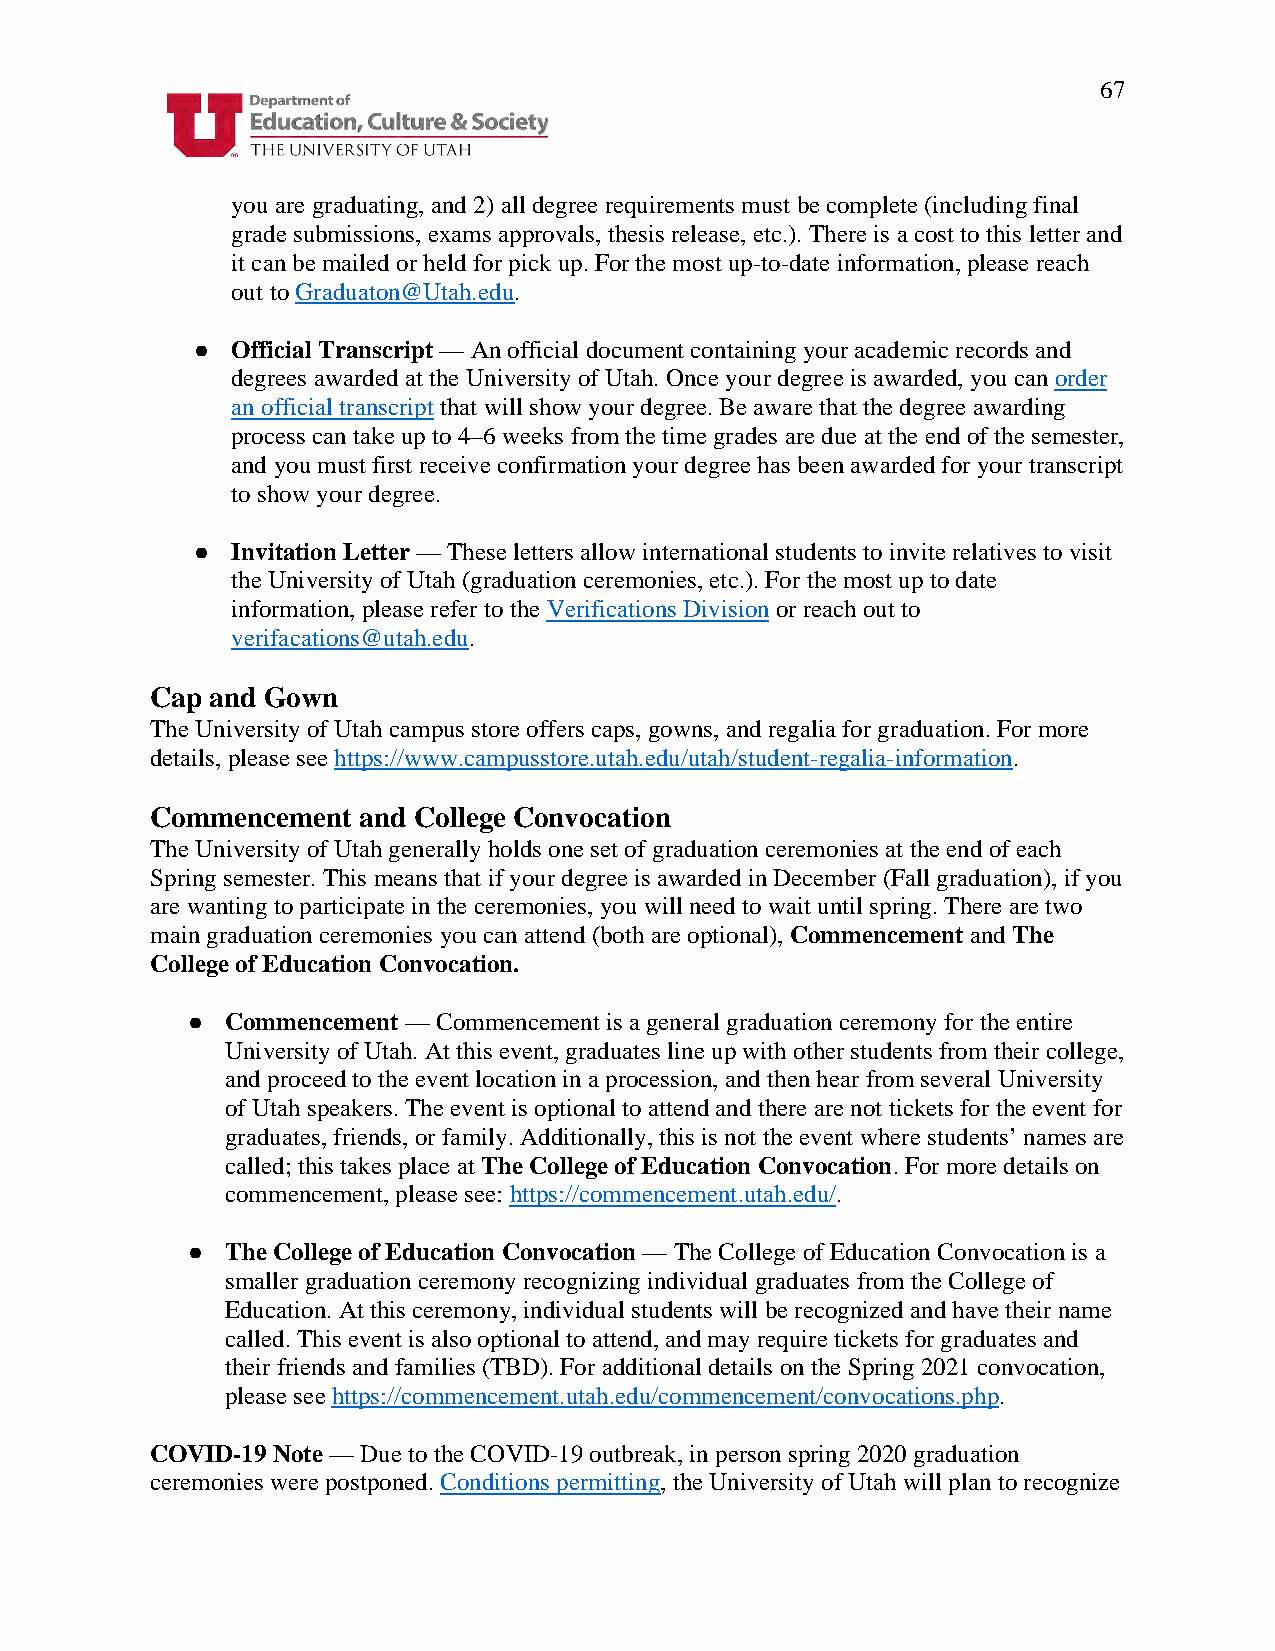
67
 you are graduating, and 2) all degree requirements must be complete (including final
 grade submissions, exams approvals, thesis release, etc.). There is a cost to this letter and
 it can be mailed or held for pick up. For the most up-to-date information, please reach
 out to Graduaton@Utah.edu.
 ● Official Transcript — An official document containing your academic records and
 degrees awarded at the University of Utah. Once your degree is awarded, you can order
 an official transcript that will show your degree. Be aware that the degree awarding
 process can take up to 4–6 weeks from the time grades are due at the end of the semester,
 and you must first receive confirmation your degree has been awarded for your transcript
 to show your degree.
 ● Invitation Letter — These letters allow international students to invite relatives to visit
 the University of Utah (graduation ceremonies, etc.). For the most up to date
 information, please refer to the Verifications Division or reach out to
 verifacations@utah.edu.
 Cap and Gown
 The University of Utah campus store offers caps, gowns, and regalia for graduation. For more
 details, please see https://www.campusstore.utah.edu/utah/student-regalia-information.
 Commencement  and College Convocation
 The University of Utah generally holds one set of graduation ceremonies at the end of each
 Spring semester. This means that if your degree is awarded in December (Fall graduation), if you
 are wanting to participate in the ceremonies, you will need to wait until spring. There are two
 main graduation ceremonies you can attend (both are optional), Commencement and The
 College of Education Convocation.
 ●  Commencement — Commencement is a general graduation ceremony for the entire
 University of Utah. At this event, graduates line up with other students from their college,
 and proceed to the event location in a procession, and then hear from several University
 of Utah speakers. The event is optional to attend and there are not tickets for the event for
 graduates, friends, or family. Additionally, this is not the event where students’ names are
 called; this takes place at The College of Education Convocation. For more details on
 commencement, please see: https://commencement.utah.edu/.
 ●  The College of Education Convocation — The College of Education Convocation is a
 smaller graduation ceremony recognizing individual graduates from the College of
 Education. At this ceremony, individual students will be recognized and have their name
 called. This event is also optional to attend, and may require tickets for graduates and
 their friends and families (TBD). For additional details on the Spring 2021 convocation,
 please see https://commencement.utah.edu/commencement/convocations.php.
 COVID-19 Note — Due to the COVID-19 outbreak, in person spring 2020 graduation
 ceremonies were postponed. Conditions permitting, the University of Utah will plan to recognize